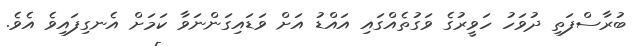
ބުރާސްފަތި ދުވަހު ހަވީރުގެ ވަގުތެއްގައި އައްޑު އަށް ވަޑައިގަންނަވާ ކަމަށް އެނގިފައިވެ އެވެ.